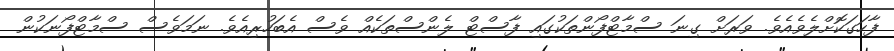
ފާހަގަކޮށްލެވެއެވެ. ވަރަށް ގިނަ ސްމާޓްފޯންތަކުގައި ފާސްޓް ލެންސްތަކެއް ވެސް އެބަހުރިއެވެ. ނަމަވެސް ސްމާޓްފޯނަކުން